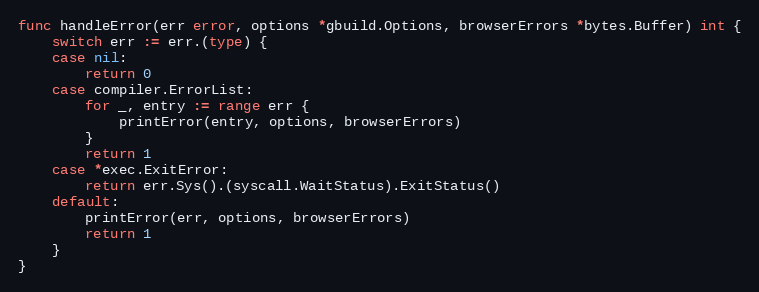
Language: Go
func handleError(err error, options *gbuild.Options, browserErrors *bytes.Buffer) int {
	switch err := err.(type) {
	case nil:
		return 0
	case compiler.ErrorList:
		for _, entry := range err {
			printError(entry, options, browserErrors)
		}
		return 1
	case *exec.ExitError:
		return err.Sys().(syscall.WaitStatus).ExitStatus()
	default:
		printError(err, options, browserErrors)
		return 1
	}
}